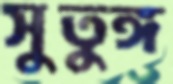
সুতুঙ্গ